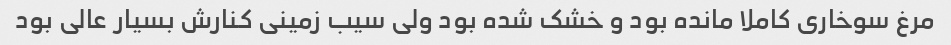
مرغ سوخاری کاملا مانده بود و خشک شده بود ولی سیب زمینی کنارش بسیار عالی بود